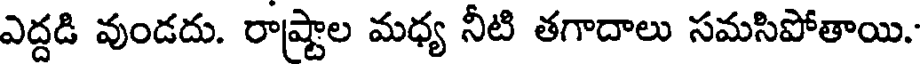
ఎద్దడి వుండదు. రాష్ర్టాల మధ్య నీటి తగాదాలు సమసిపోతాయి.